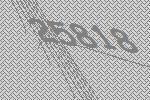
25818